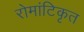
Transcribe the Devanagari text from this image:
रोमांटिकृत